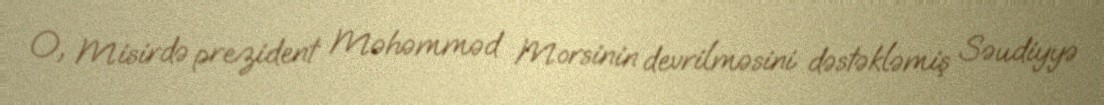
O, Misirdə prezident Məhəmməd Morsinin devrilməsini dəstəkləmiş Səudiyyə